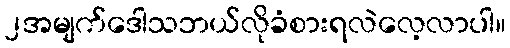
၂အမျက်ဒေါသဘယ်လိုခံစားရလဲလေ့လာပါ။